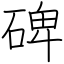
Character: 碑